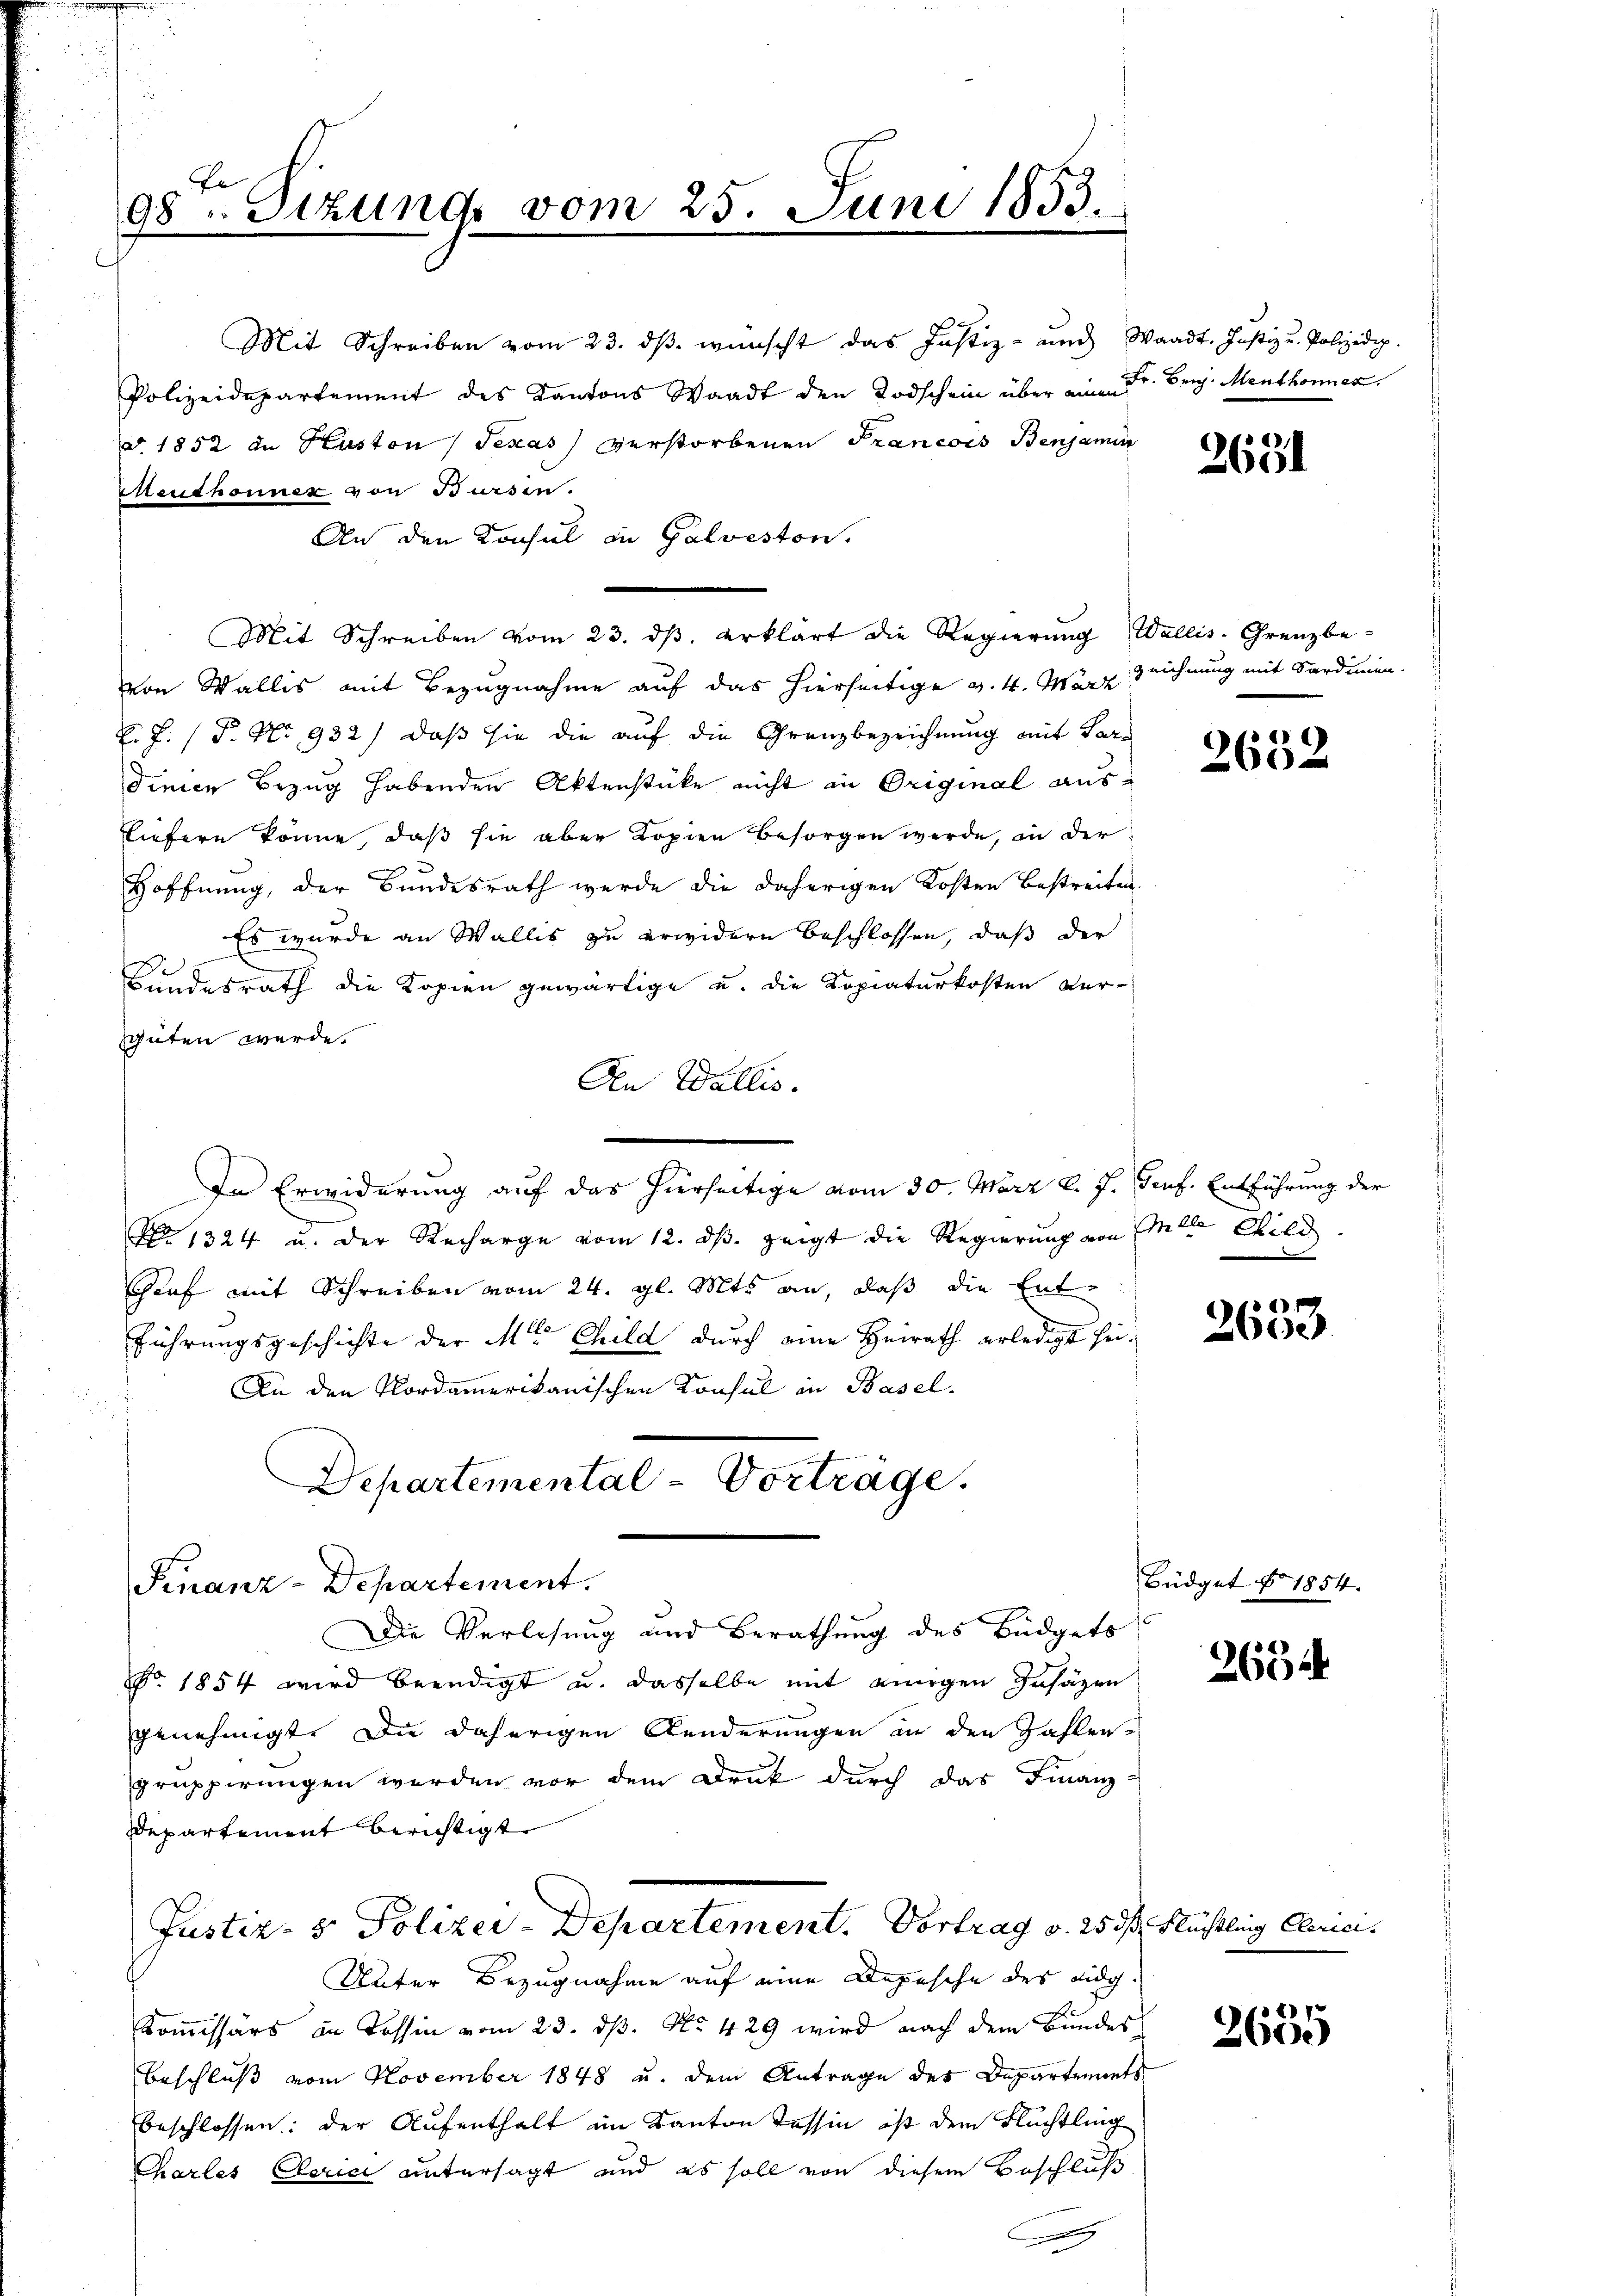
98. Sizund vom 25. Juni 1853.

Mit Schreiben vom 23. dβ wünscht das Justiz- und Waadt. Justiz u. Polizei.
Polizeidepartement des Kantons Waadt den Todschein über einen Fr. Berg. Menthonnen.
d. 1852 in Kuston (Texas verstorbenen Francois Benjamin
Meuthonner von Bursen.
An den Konsul in Galveston.
Mit Schreiben vom 23. dβ. erklärt die Regierŭng Wallis-Grenzbe-
von Wallis mit Bezugnahme auf das hierseitige v. 4. März
: F. (T. No 932) daß sie die auf die Grenzbezeichnung mit Pardinien Bezug habenden Aktenstücke nicht in Original ausliefern könne, daß sie aber Kopien besorgen werde, in der
Hoffnung, der Bundesrath werde die daherigen Kosten bestreiten.
Es wurde an Wallis zu erwidern beschlossen, daß der
Bundesrath die Kopien gewärtige u. die Kopiaturkosten Ver-
sgüten werde.
An Wallis.
In Erwiderung auf das hierseitige vom 30. März l. J. Jenf. Entführung der
N 1324 u. der Recharge vom 12. dβ zeigt die Regierung von Elle Child
Chief mit Schreiben vom 24. gl. Mts. an, daß die Entführungsgeschichte der Mr. Child durch eine Heirath erledigt sei¬
An den Nordamerikanischen Konsul in Basel-
Departemental-Vorträge.
Finanz-Departement.
Die Verlesung und Berathung des Büdgets
NNo. 1854 wird beendigt u. dasselbe mit einigen Zusätzen
genehmigt. Die daherigen Aenderungen an den Zahlen-
gruppirungen werden vor dem Druk durch das Finanz-
Departement berichtigt
Justiz- & Polizei-Departement. Vortrag v. 25. ds Flüchtling Clerici¬
Unter Bezugnahme auf eine Depesche des eidg.
Kommissärs in Tessin vom 23. ds. No. 429 wird nach dem Bundes
Beschluß vom November 1848 u. dem Antrage des Departements
beschlossen: der Aufenthalt im Kanton Tessin ist dem Flüchtling
Charles Clerici untersagt und es soll von diesem Beschluß
g

2631

zeichnung mit Sardinen.

2632

)
2600.

Büdget § 1854.

2654

7
2600